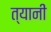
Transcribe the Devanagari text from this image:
त्यानीं